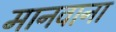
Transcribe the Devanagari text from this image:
मानवाना